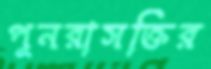
পুনরাসক্তির